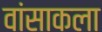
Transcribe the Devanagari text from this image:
वांसाकला